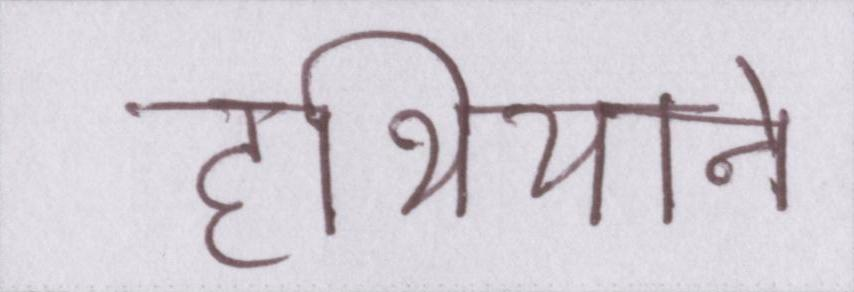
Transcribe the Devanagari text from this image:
हथियाने